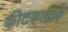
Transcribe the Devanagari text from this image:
कीटकाद्वारे